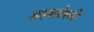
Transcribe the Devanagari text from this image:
आइवानोस्की